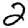
Digit: 2